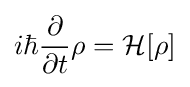
i\hbar {\frac {\partial }{\partial t}}\rho ={\mathcal {H}}[\rho ]